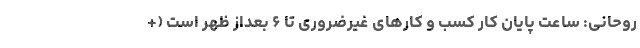
روحانی: ساعت پایان کار کسب و کار‌های غیرضروری تا ۶ بعداز ظهر است (+